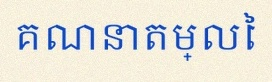
គណនាតម្លៃ